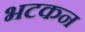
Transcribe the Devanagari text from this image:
भटकन